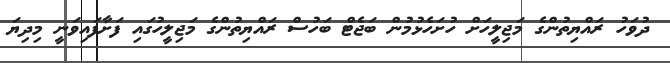
ދުވަހު ރައްޔިތުންގެ މަޖިލީހަށް ހުށަހެޅުމުން ބަޖެޓް ބަހުސް ރައްޔިތުންގެ މަޖިލީހުގައި ފަށާފައިވަނީ މިދިޔަ